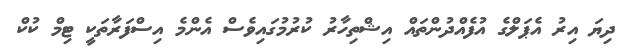
ދިޔަ އިރު އެޕަލްގެ އުފެއްދުންތައް އިޝްތިހާރު ކުރުމުގައިވެސް އެންމެ އިސްފަރާތަކީ ޓިމް ކުކް